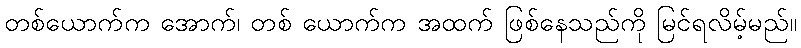
တစ်ယောက်က အောက်၊ တစ် ယောက်က အထက် ဖြစ်နေသည်ကို မြင်ရလိမ့်မည်။